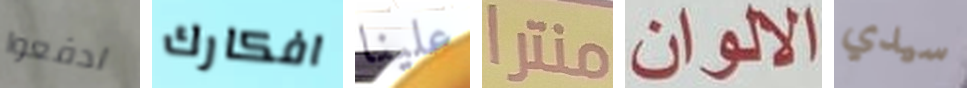
ادفعوا افكارك علينا منترا الالوان سيدي